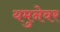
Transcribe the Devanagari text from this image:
यमुनेवर